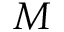
M